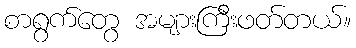
စာရွက်တွေ အများကြီးဖတ်တယ်။